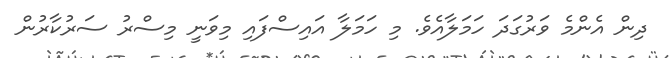
ދިން އެންމެ ވަރުގަދަ ހަމަލާއެވެ. މި ހަމަލާ އައިސްފައި މިވަނީ މިސްރު ސަރުކާރުން